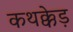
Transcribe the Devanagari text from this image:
कथक्केड़